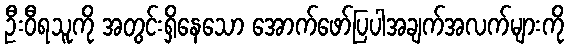
ဦးဝီရသူကို အတွင်းရှိနေသော အောက်ဖော်ပြပါအချက်အလက်များကို